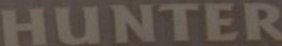
HUNTER